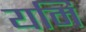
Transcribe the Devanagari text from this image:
यमि